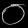
Digit: ၀